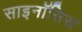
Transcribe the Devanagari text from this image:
साइनॉसिस